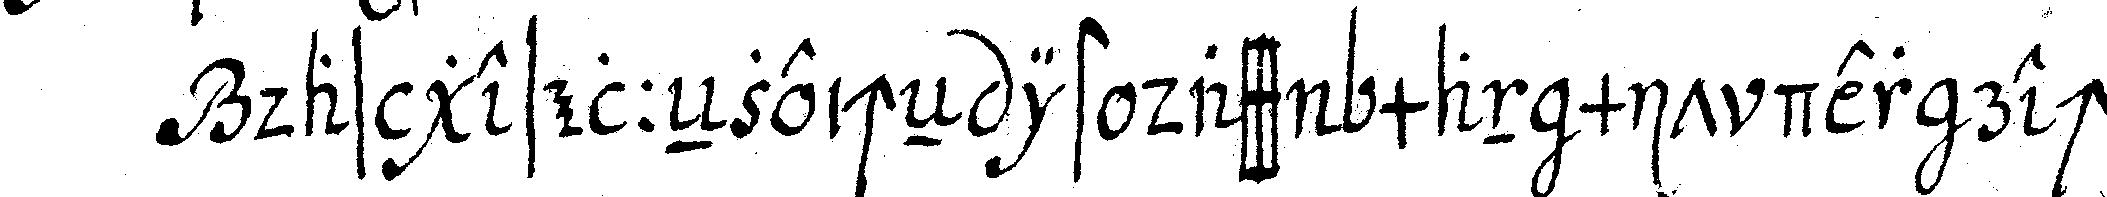
das geselleNzeicheN ist dass man mit der rech